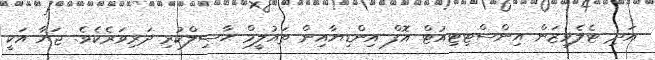
އަދި ޓެލެވިޒަން އިންސްޓިޓިއުޓް އޮފް އިންޑިޔާއިން ތައުލީމް ޙާޞިލްކުރި ދަރިވަރެކެވެ. ޖަޔާ އަކީ